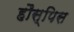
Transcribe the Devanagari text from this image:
हौस्पिस